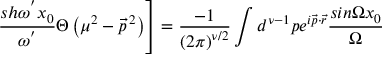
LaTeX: \left. \frac { s h { \omega } ^ { ' } x _ { 0 } } { { \omega } ^ { ' } } \Theta \left( { \mu } ^ { 2 } - { \vec { p } } ^ { \, 2 } \right) \right] = \frac { - 1 } { \left( 2 \pi \right) ^ { \nu / 2 } } \int d ^ { \nu - 1 } p e ^ { i \vec { p } \cdot \vec { r } } \frac { s i n \Omega x _ { 0 } } { \Omega }